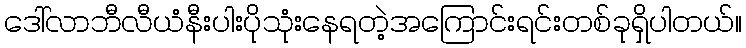
ဒေါ်လာဘီလီယံနီးပါးပိုသုံးနေရတဲ့အကြောင်းရင်းတစ်ခုရှိပါတယ်။